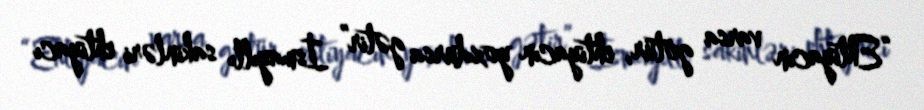
“Ehtiyacın varsa götür, ehtiyacın yoxdursa gətir” İsmayıllı sakinləri ehtiyacı